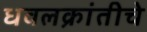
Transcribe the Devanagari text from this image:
धवलक्रांतीचे